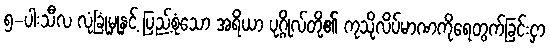
၅-ပါးသီလ လုံခြုံမှုနှင့် ပြည့်စုံသော အရိယာ ပုဂ္ဂိုလ်တို့၏ ကုသိုလိပ်မာဏကိုရေတွက်ခြင်းငှာ